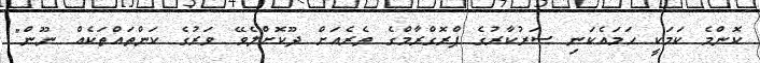
ކޮންމެ ކަމަކީ ހަމައެކަނި ސަރުކާރުގެ ޕްރޮގްރާމްގެ ތެރެއަށް ދޫކޮށްލެވޭ ވަރުގެ ކަންތައްތަކެއް ނޫން"